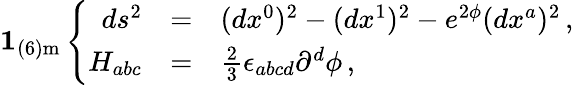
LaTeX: {\mathbf 1_{(6)\mathrm{m}}}\left\{ \begin{array}{rcl}{{ds^{2}}}&{{=}}&{{(dx^{0})^{2}-(dx^{1})^{2}-e^{2{\phi}}(dx^{a})^{2}\, ,}}\\ {{{H}_{abc}}}&{{=}}&{{{\textstyle\frac{2}{3}}\epsilon_{abcd}\partial^{d}{\phi}\, ,}}\end{array}\right.